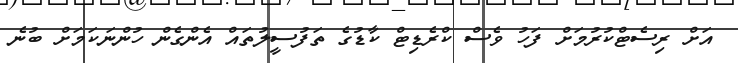
އަށް ރިސެޓްކުރުމަށް ފަހު ވެސް ކްރެޑިޓް ކާޑުގެ ތަފުސީލުތައް އެންގެން ހުންނަކަމަށް ބުނެ